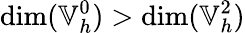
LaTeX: \dim(\mathbb{V}_{h}^{0})>\dim(\mathbb{V}_{h}^{2})